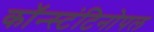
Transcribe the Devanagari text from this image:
कॉन्स्टंटिनोपल